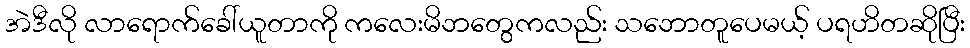
အဲဒီလို လာရောက်ခေါ်ယူတာကို ကလေးမိဘတွေကလည်း သဘောတူပေမယ့် ပရဟိတဆိုပြီး